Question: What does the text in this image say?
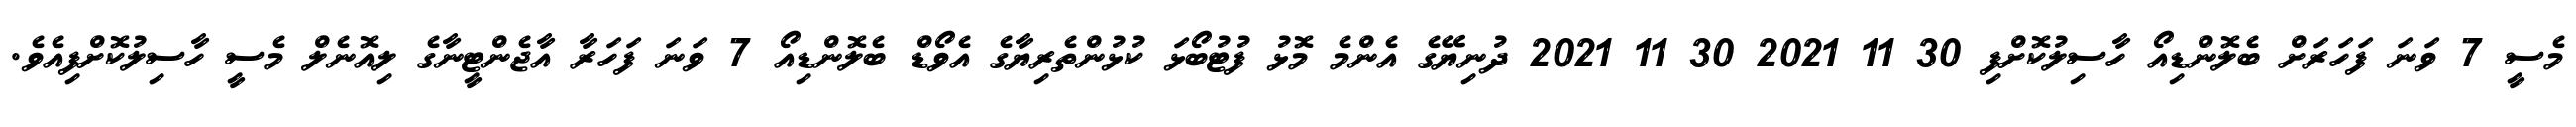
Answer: މެސީ 7 ވަނަ ފަހަރަށް ބެލޮންޑިއޯ ހާސިލުކޮށްފި 30 11 2021 30 11 2021 ދުނިޔޭގެ އެންމެ މޮޅު ފުޓުބޯޅަ ކުޅުންތެރިޔާގެ އެވޯޑް ބެލޮންޑިއޯ 7 ވަނަ ފަހަރާ އާޖެންޓީނާގެ ލިއޮނެލް މެސީ ހާސިލުކޮށްފިއެވެ.